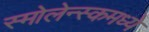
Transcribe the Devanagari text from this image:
स्मोलेन्स्कमध्ये